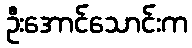
ဦးအောင်သောင်းက